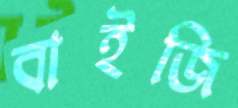
বাইজি